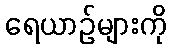
ရေယာဉ်များကို